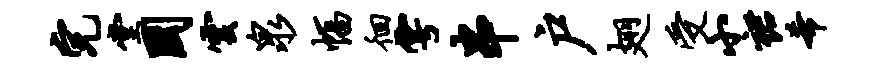
完堂国云泉幅徊雩串户翅受小裙希